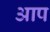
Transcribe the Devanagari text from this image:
अाप